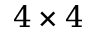
4 \times 4